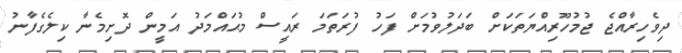
ދިވެހިރާއްޖެ ޖުމުހޫރިއްޔަތަކަށް ބަދަލުވުމަށް ފަހު ފުރަތަމަ ރައީސް މުޙައްމަދު އަމީން ދޮށިމެނާ ކިލެގެފާނު